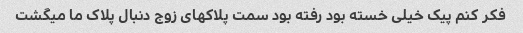
فکر کنم پیک خیلی خسته بود رفته بود سمت پلاکهای زوج دنبال پلاک ما میگشت